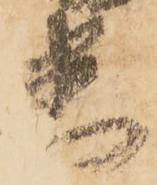
悉